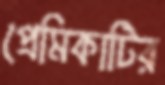
প্রেমিকাটির